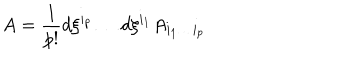
LaTeX: A = { \frac { 1 } { p ! } } d \xi ^ { i _ { p } } \dots d \xi ^ { i _ { 1 } } A _ { i _ { 1 } \dots i _ { p } }